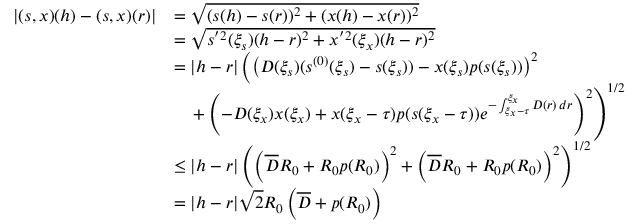
\begin{array} { r l } { | ( s , x ) ( h ) - ( s , x ) ( r ) | } & { = \sqrt { ( s ( h ) - s ( r ) ) ^ { 2 } + ( x ( h ) - x ( r ) ) ^ { 2 } } } \\ & { = \sqrt { s ^ { ' 2 } ( \xi _ { s } ) ( h - r ) ^ { 2 } + x ^ { ' 2 } ( \xi _ { x } ) ( h - r ) ^ { 2 } } } \\ & { = | h - r | \left( \left( D ( \xi _ { s } ) ( s ^ { ( 0 ) } ( \xi _ { s } ) - s ( \xi _ { s } ) ) - x ( \xi _ { s } ) p ( s ( \xi _ { s } ) ) \right) ^ { 2 } \right. } \\ & { \quad \left. + \left( - D ( \xi _ { x } ) x ( \xi _ { x } ) + x ( \xi _ { x } - \tau ) p ( s ( \xi _ { x } - \tau ) ) e ^ { - \int _ { \xi _ { x } - \tau } ^ { \xi _ { x } } D ( r ) \, d r } \right) ^ { 2 } \right) ^ { 1 / 2 } } \\ & { \leq | h - r | \left( \left( \overline { D } R _ { 0 } + R _ { 0 } p ( R _ { 0 } ) \right) ^ { 2 } + \left( \overline { D } R _ { 0 } + R _ { 0 } p ( R _ { 0 } ) \right) ^ { 2 } \right) ^ { 1 / 2 } } \\ & { = | h - r | \sqrt { 2 } R _ { 0 } \left( \overline { D } + p ( R _ { 0 } ) \right) } \end{array}